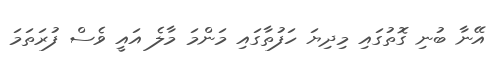
އޭނާ ބުނި ގޮތުގައި މިދިޔަ ހަފުތާގައި މަންމަ މާލެ އައީ ވެސް ފުރަތަމަ